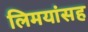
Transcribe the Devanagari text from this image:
लिमयांसह